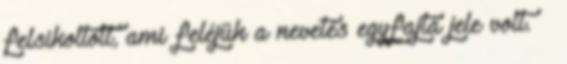
felsikoltott, ami feléjük a nevetés egyfajta jele volt. –